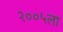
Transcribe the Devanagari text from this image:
२००५ला